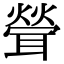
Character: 𦖽